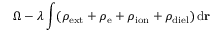
\Omega - \lambda \int ( \rho _ { \mathrm { e x t } } + \rho _ { \mathrm { e } } + \rho _ { \mathrm { i o n } } + \rho _ { \mathrm { d i e l } } ) \, \mathrm { d } \mathbf { r }